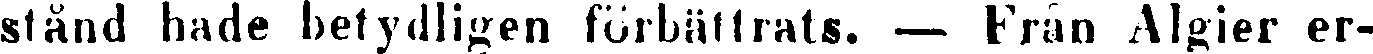
stånd hade betydligen förbättrats. — Från Algier er-